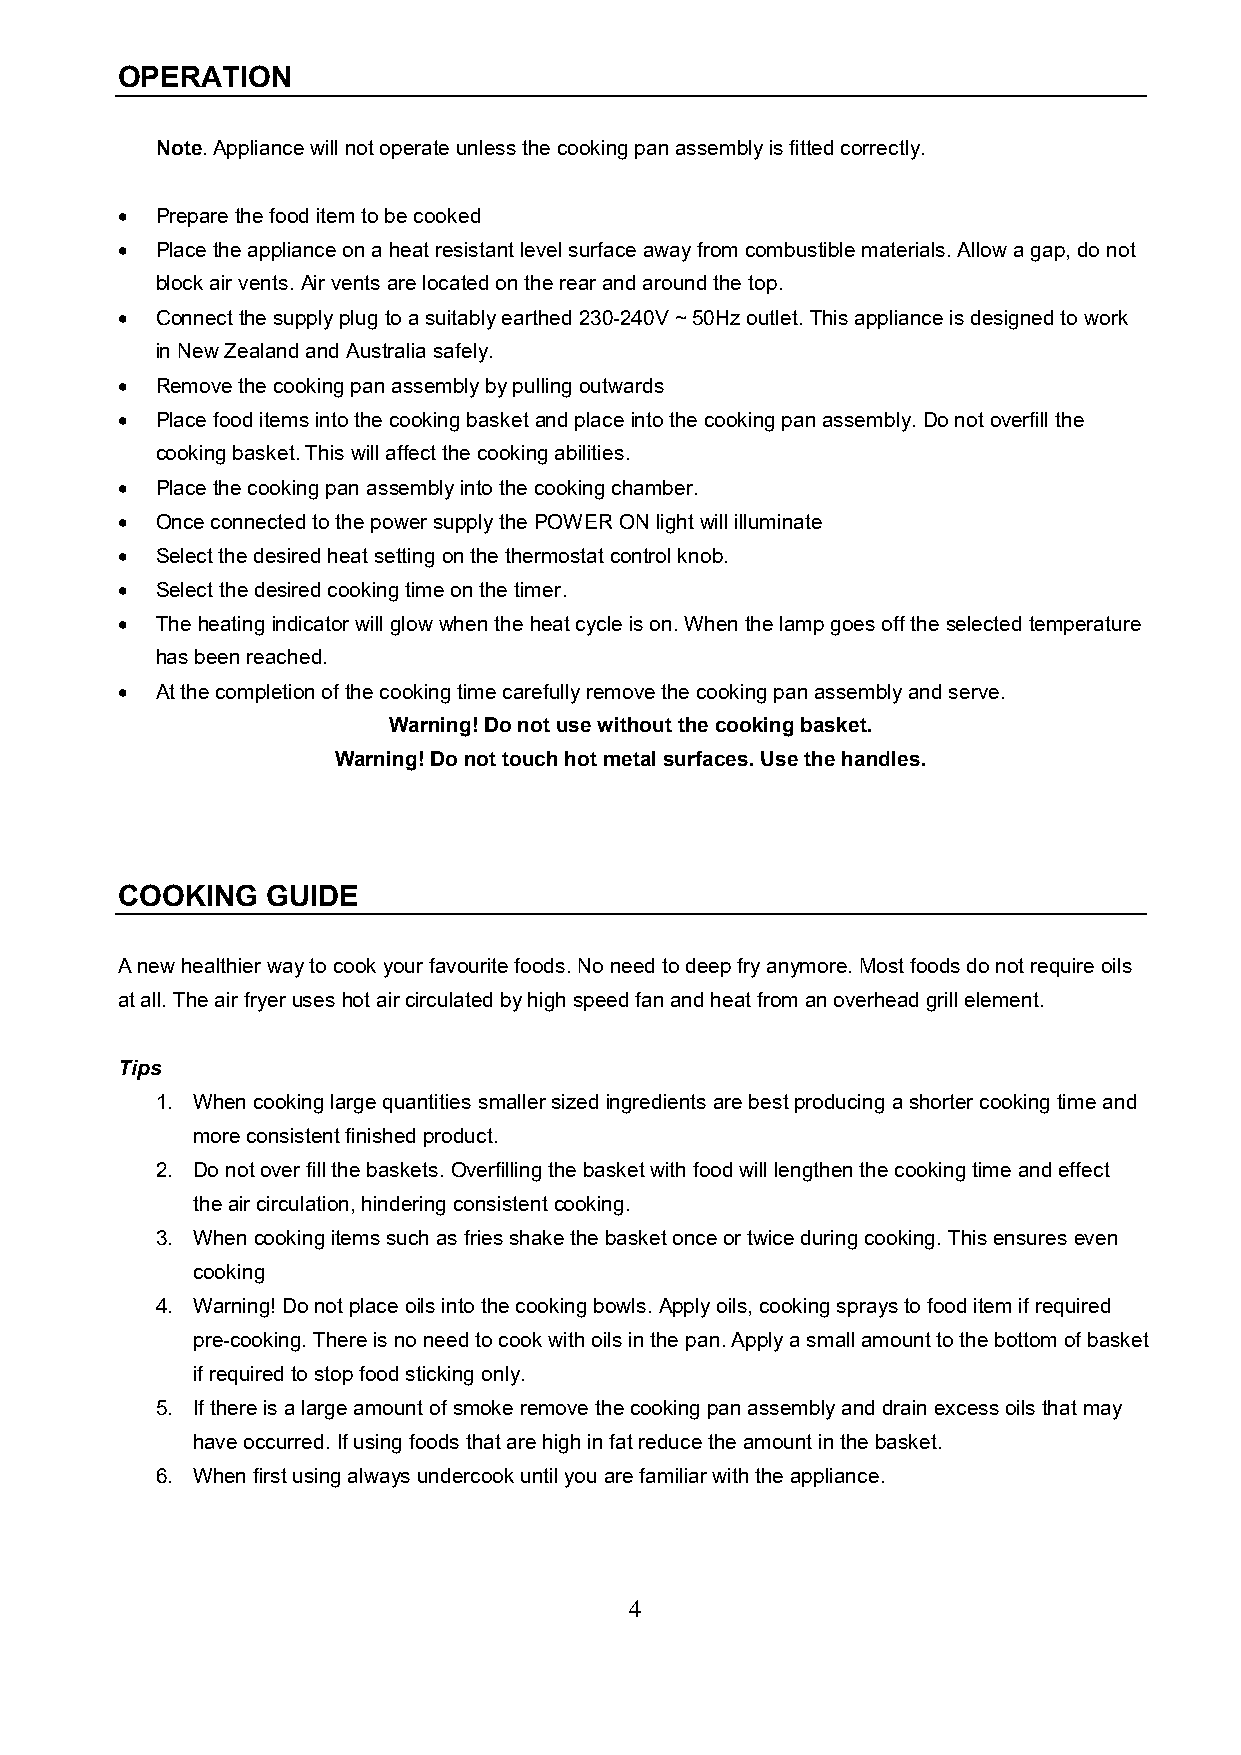
OPERATION
 Note. Appliance will not operate unless the cooking pan assembly is fitted correctly.
 • Prepare the food item to be cooked
 • Place the appliance on a heat resistant level surface away from combustible materials. Allow a gap, do not
 block air vents. Air vents are located on the rear and around the top.
 • Connect the supply plug to a suitably earthed 230-240V ~ 50Hz outlet. This appliance is designed to work
 in New Zealand and Australia safely.
 • Remove the cooking pan assembly by pulling outwards
 • Place food items into the cooking basket and place into the cooking pan assembly. Do not overfill the
 cooking basket. This will affect the cooking abilities.
 • Place the cooking pan assembly into the cooking chamber.
 • Once connected to the power supply the POWER ON light will illuminate
 • Select the desired heat setting on the thermostat control knob.
 • Select the desired cooking time on the timer.
 • The heating indicator will glow when the heat cycle is on. When the lamp goes off the selected temperature
 has been reached.
 • At the completion of the cooking time carefully remove the cooking pan assembly and serve.
 Warning! Do not use without the cooking basket.
 Warning! Do not touch hot metal surfaces. Use the handles.
 COOKING   GUIDE
 A new healthier way to cook your favourite foods. No need to deep fry anymore. Most foods do not require oils
 at all. The air fryer uses hot air circulated by high speed fan and heat from an overhead grill element.
 Tips
 1. When cooking large quantities smaller sized ingredients are best producing a shorter cooking time and
 more consistent finished product.
 2. Do not over fill the baskets. Overfilling the basket with food will lengthen the cooking time and effect
 the air circulation, hindering consistent cooking.
 3. When cooking items such as fries shake the basket once or twice during cooking. This ensures even
 cooking
 4. Warning! Do not place oils into the cooking bowls. Apply oils, cooking sprays to food item if required
 pre-cooking. There is no need to cook with oils in the pan. Apply a small amount to the bottom of basket
 if required to stop food sticking only.
 5. If there is a large amount of smoke remove the cooking pan assembly and drain excess oils that may
 have occurred. If using foods that are high in fat reduce the amount in the basket.
 6. When first using always undercook until you are familiar with the appliance.
 4